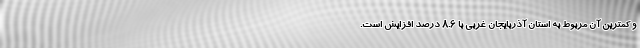
و کمترین آن مربوط به استان آذربایجان غربی با ٨.٦ درصد افزایش است.